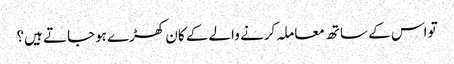
تو اس کے ساتھ معاملہ کرنے والے کے کان کھڑے ہوجاتے ہیں؟